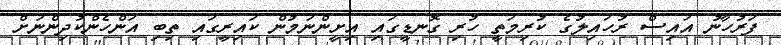
ފަރުހާނު އައިސް ރުހައިލުގެ ކުރިމަތީ ހުރި ގޮނޑީގައި އިށީންނަމުން ކައިރީގައި ތިބި އަންހެންކުދިންނަށް